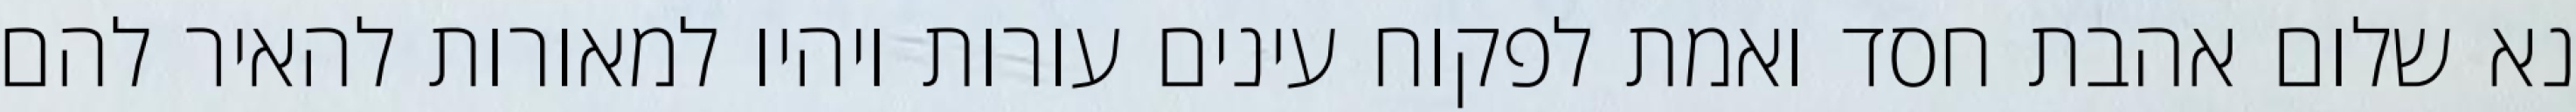
נא שלום אהבת חסד ואמת לפקוח עינים עורות ויהיו למאורות להאיר להם